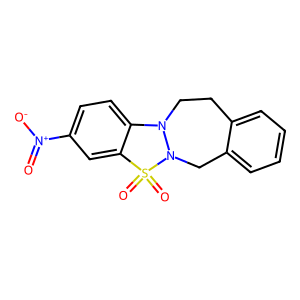
SMILES: O=[N+]([O-])c1ccc2c(c1)S(=O)(=O)N1Cc3ccccc3CCN21
Inhibits HIV replication: No